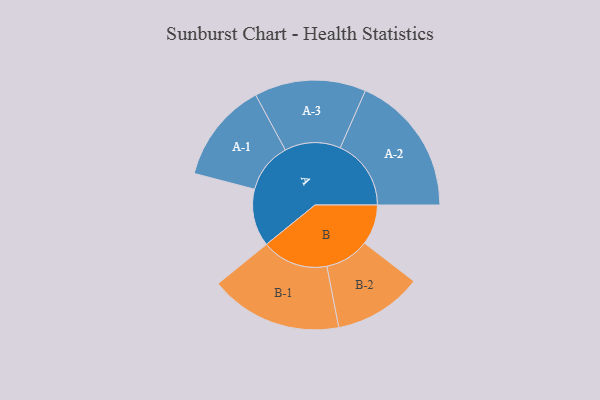
{"axis": {"x": "Segment", "y": "Value"}, "legend": ["", "A", "B"], "data": [{"x": "A", "y": 240, "type": ""}, {"x": "B", "y": 168, "type": ""}, {"x": "A-1", "y": 210, "type": "A"}, {"x": "A-2", "y": 296, "type": "A"}, {"x": "A-3", "y": 233, "type": "A"}, {"x": "B-1", "y": 277, "type": "B"}, {"x": "B-2", "y": 185, "type": "B"}]}